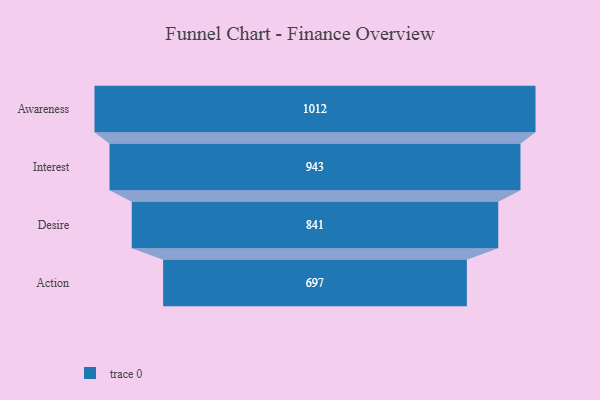
{"axis": {"x": "Stage", "y": "Value"}, "legend": [""], "data": [{"x": "Awareness", "y": 1012.0, "type": ""}, {"x": "Interest", "y": 943.0, "type": ""}, {"x": "Desire", "y": 841.0, "type": ""}, {"x": "Action", "y": 697.0, "type": ""}]}